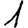
Digit: 1